NAE_ERA_R-2324_Eesti_Vabariigi_Pohiseaduslik_Assamblee, lk 124
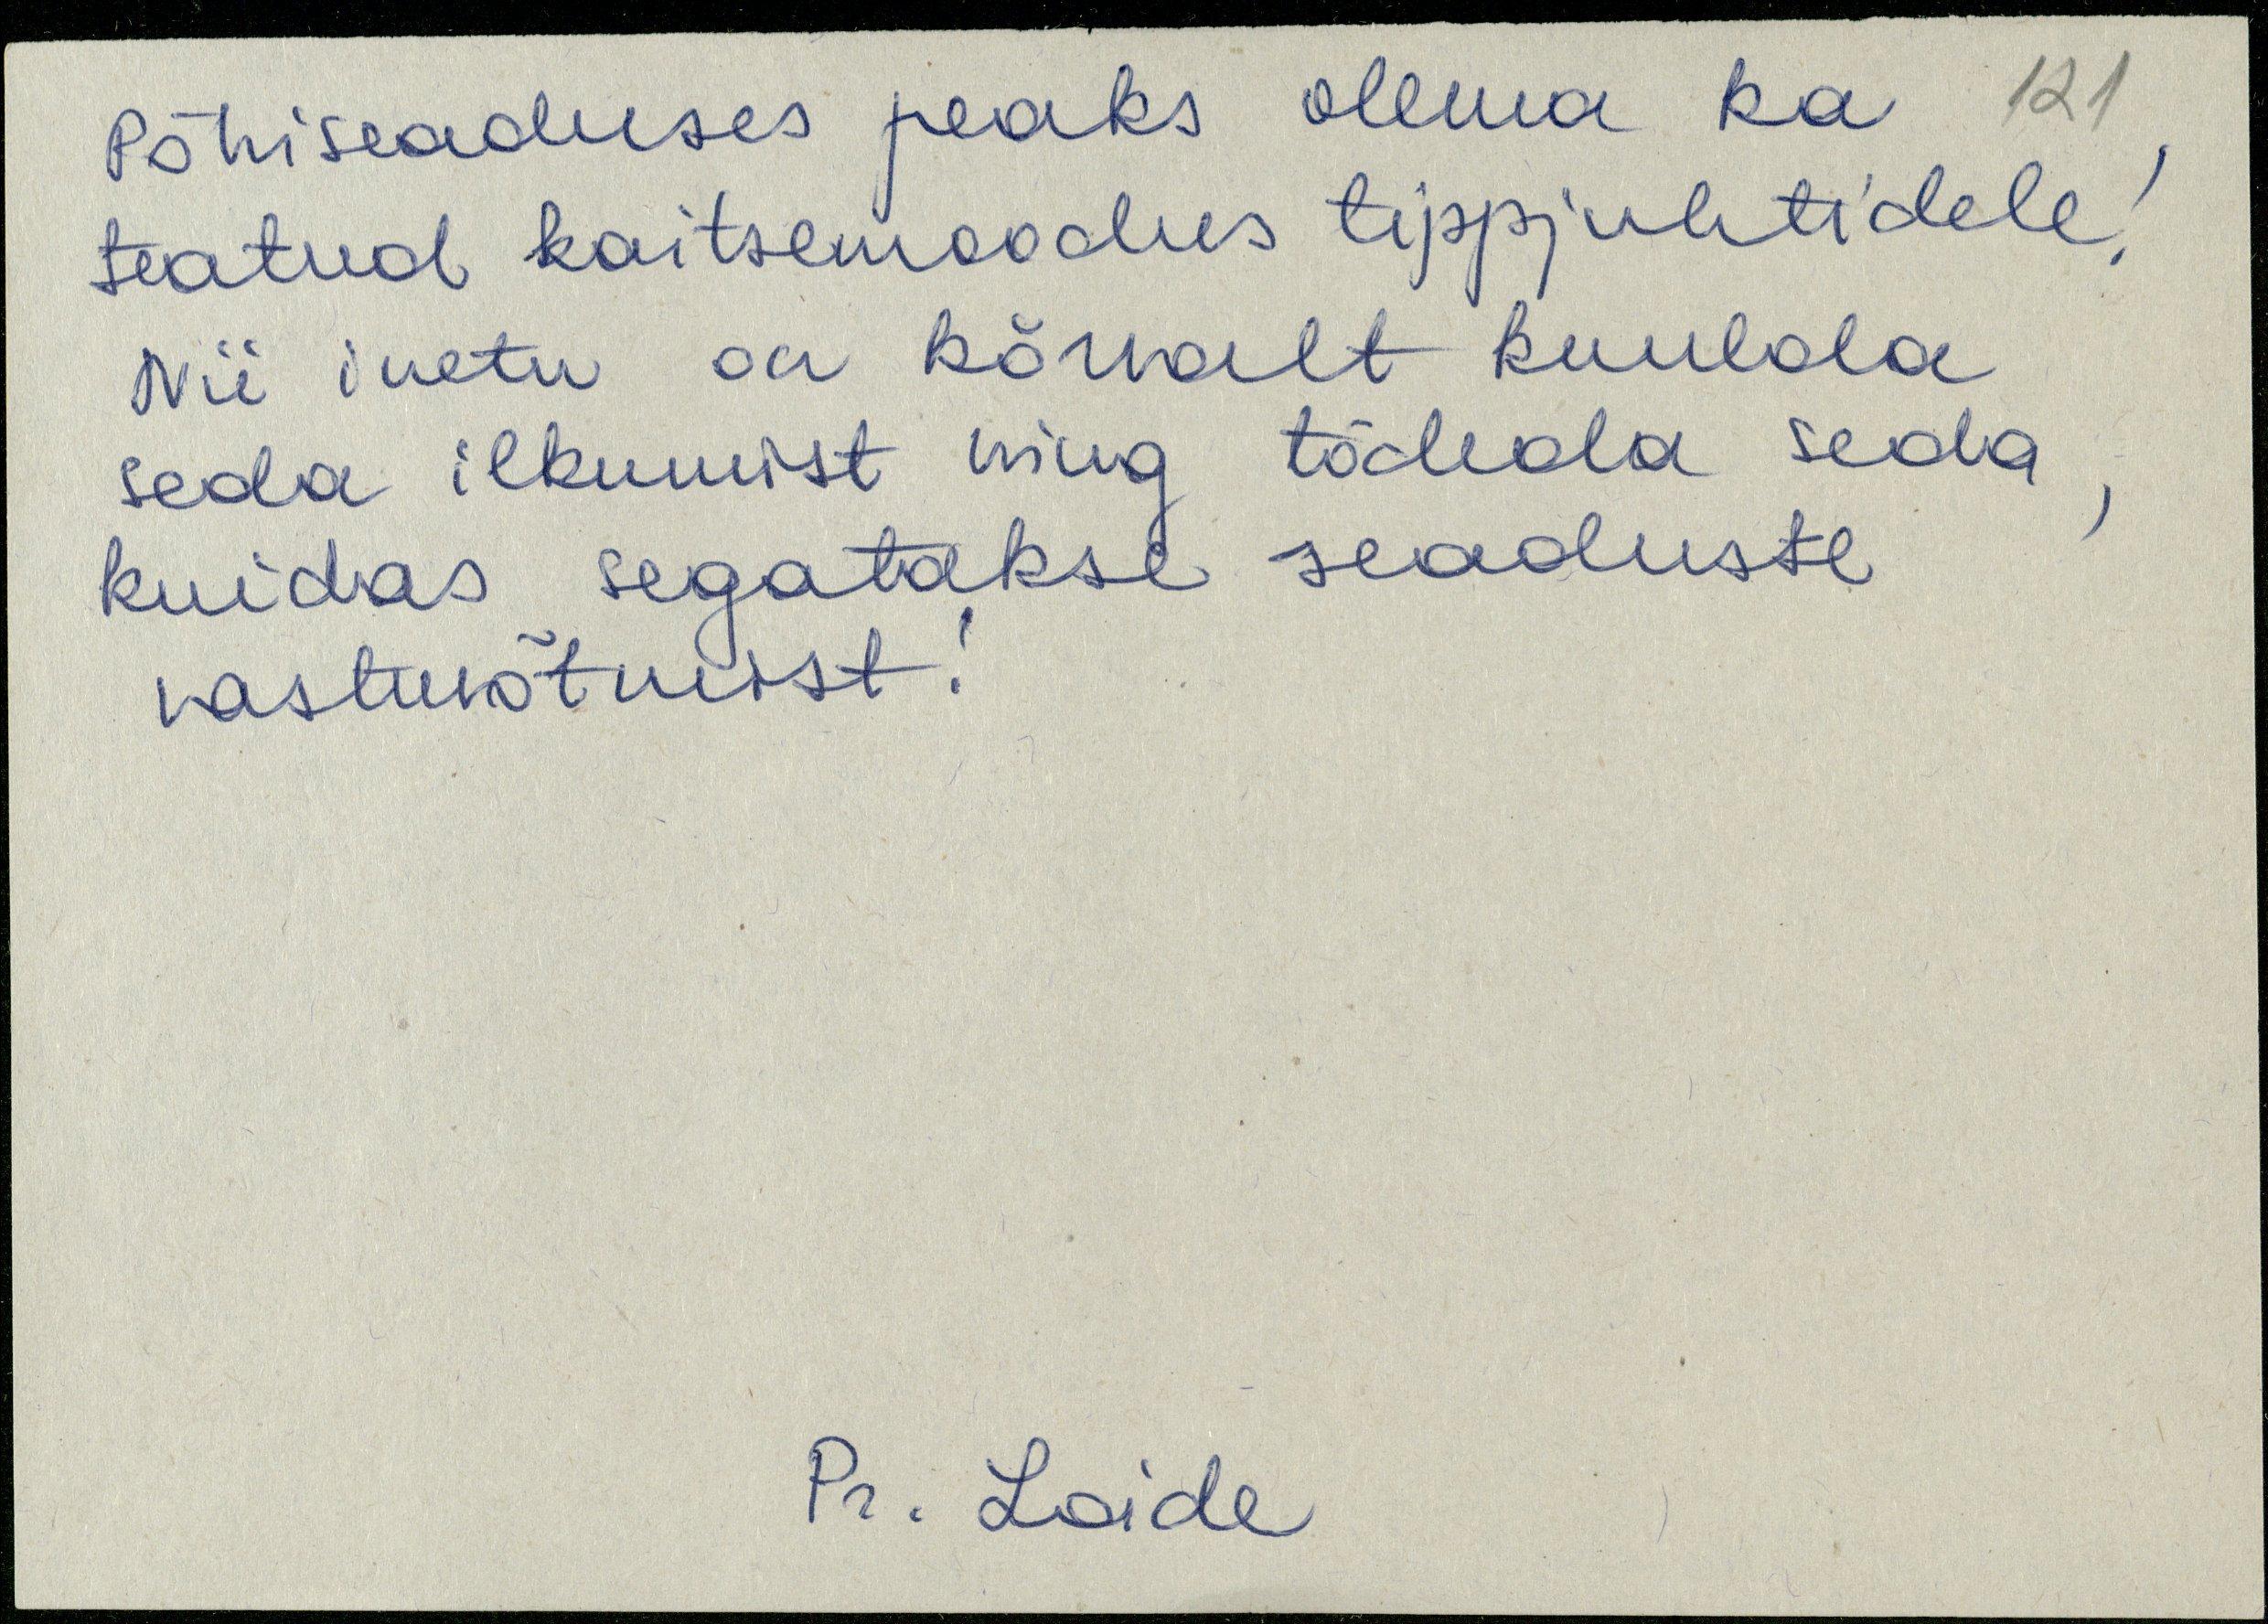
Põhiseaduses peaks olema ka
teatud kaitsemoodus tippjuhtidele!
Nii inetu on kõrvalt kuulda
seda ilkumist ning tõdeda seda
kuidas segatakse seaduste
vastuvõtmist!
Pr. Loide